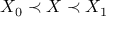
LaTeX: X _ { 0 } \prec X \prec X _ { 1 }